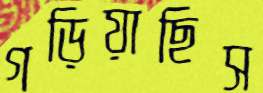
গড়িয়াছিস